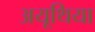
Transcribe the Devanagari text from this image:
अयूथिया